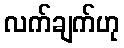
လက်ချက်ဟု